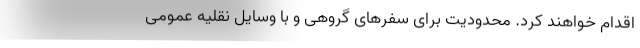
اقدام خواهند کرد. محدودیت برای سفرهای گروهی و با وسایل نقلیه عمومی